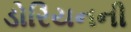
ડોરિયનની